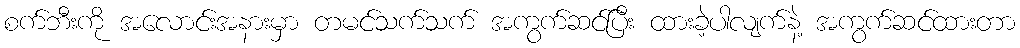
စက်ဘီးကို အလောင်းအနားမှာ တမင်သက်သက် အကွက်ဆင်ပြီး ထားခဲ့ပါလျက်နဲ့ အကွက်ဆင်ထားတာ